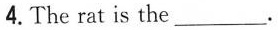
4.The rat is the_.